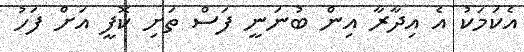
އެކަމަކު އެ އިދާރާ އިން ބުނަނީ ފަސް ތަށި ކޮފީ އަށް ފަހު